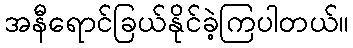
အနီရောင်ခြယ်နိုင်ခဲ့ကြပါတယ်။